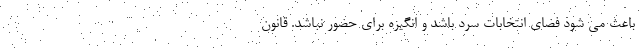
باعث می شود فضای انتخابات سرد باشد و انگیزه برای حضور نباشد. قانون